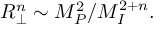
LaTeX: R _ { \perp } ^ { n } \sim M _ { P } ^ { 2 } / M _ { I } ^ { 2 + n } .